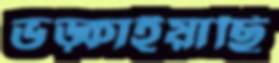
ভড়্‌কাইয়াছি